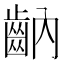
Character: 𪗝